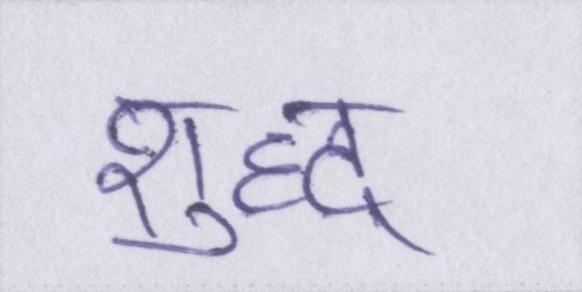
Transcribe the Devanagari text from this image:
शुध्द